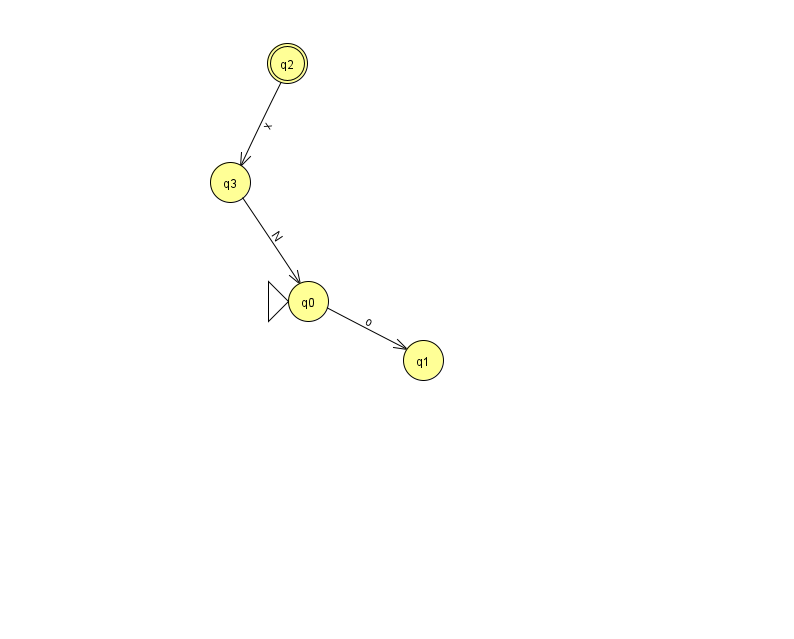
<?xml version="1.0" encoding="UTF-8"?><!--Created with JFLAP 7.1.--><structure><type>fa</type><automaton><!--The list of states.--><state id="0" name="q0"><x>308.0</x><y>288.0</y><initial/></state><state id="1" name="q1"><x>423.0</x><y>347.0</y></state><state id="2" name="q2"><x>287.0</x><y>50.0</y><final/></state><state id="3" name="q3"><x>230.0</x><y>169.0</y></state><!--The list of transitions.--><transition><from>0</from><to>1</to><read>o</read></transition><transition><from>3</from><to>0</to><read>N</read></transition><transition><from>2</from><to>3</to><read>x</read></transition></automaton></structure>